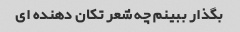
بگذار ببینم چه شعر تکان دهنده ای